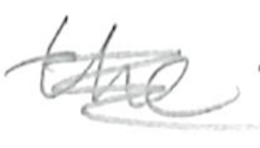
Text: the
Cross-out: scratch
Writing tool: pencil